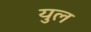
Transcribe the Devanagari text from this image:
युल